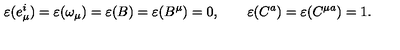
\varepsilon ( e _ { \mu } ^ { i } ) = \varepsilon ( \omega _ { \mu } ) = \varepsilon ( B ) = \varepsilon ( B ^ { \mu } ) = 0 , \qquad \varepsilon ( C ^ { a } ) = \varepsilon ( C ^ { \mu a } ) = 1 .